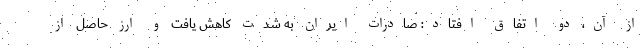
از آن، دو اتفاق افتاد: صادرات ایران به شدت کاهش یافت و ارز حاصل از